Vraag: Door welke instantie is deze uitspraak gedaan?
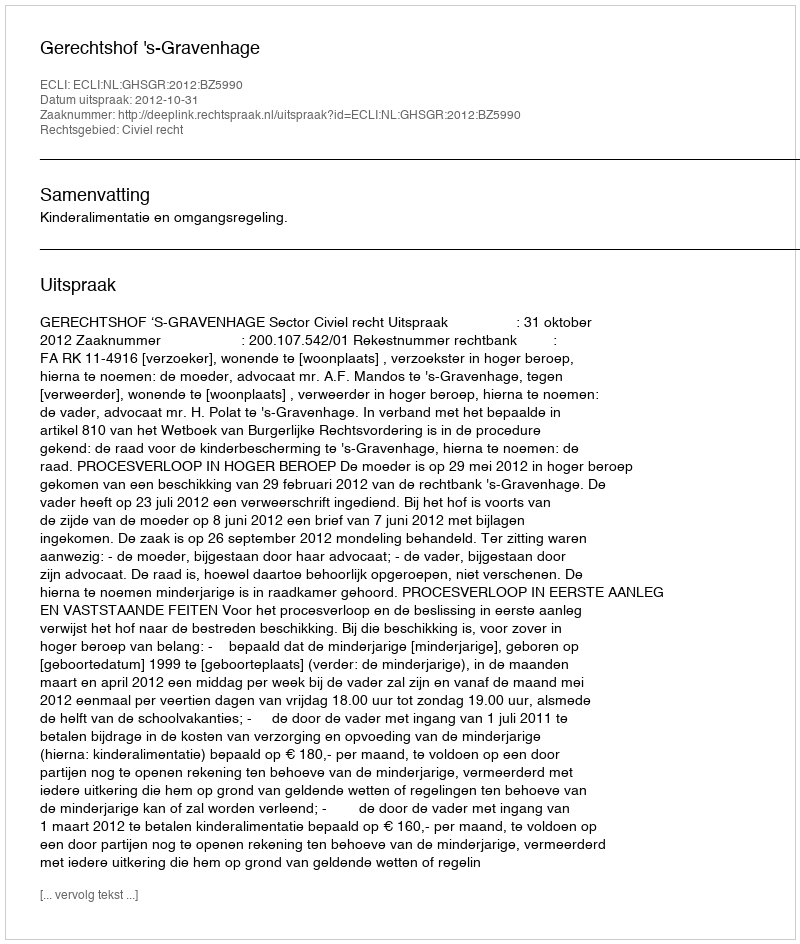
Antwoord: Gerechtshof 's-Gravenhage